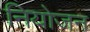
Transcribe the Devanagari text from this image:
नियोजन